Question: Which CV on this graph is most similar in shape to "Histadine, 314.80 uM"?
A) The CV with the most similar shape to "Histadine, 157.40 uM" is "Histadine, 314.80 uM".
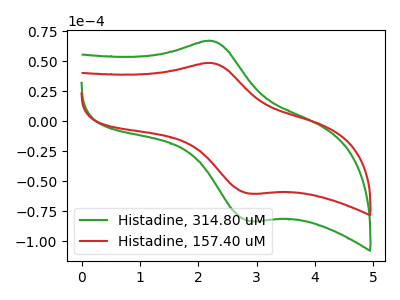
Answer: <think>The green curve "Histadine, 314.80 uM" has an anodic peak at (2.25V, 67.05uA) and a cathodic peak at (2.90V, -83.15uA). The red curve "Histadine, 157.40 uM" has an anodic peak at (2.25V, 48.60uA) and a cathodic peak at (2.90V, -60.25uA).
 All the peaks in "Histadine, 314.80 uM" have a peak in "Histadine, 157.40 uM" at the same potential. Every peak in "Histadine, 314.80 uM" is higher than every peak in "Histadine, 157.40 uM".</think>
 <answer>A) The CV with the most similar shape to "Histadine, 157.40 uM" is "Histadine, 314.80 uM".</answer>
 <eval>A</eval>